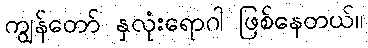
ကျွန်တော် နှလုံးရောဂါ ဖြစ်နေတယ်။